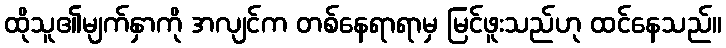
ထိုသူ၏မျက်နှာကို အလျင်က တစ်နေရာရာမှ မြင်ဖူးသည်ဟု ထင်နေသည်။